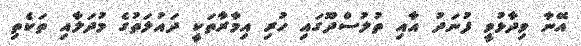
އޭނާ ވިދާޅުވީ ފުނަދު އާއި ތުލުސްދޫގައި ހުރި އިމާރާތަކީ ދައުލަތުގެ މުދަލާއި ތަކެތި